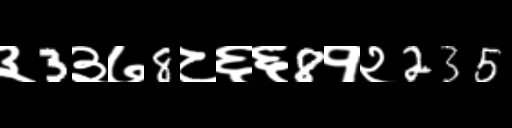
Text: ३3३७8८६६8१२235